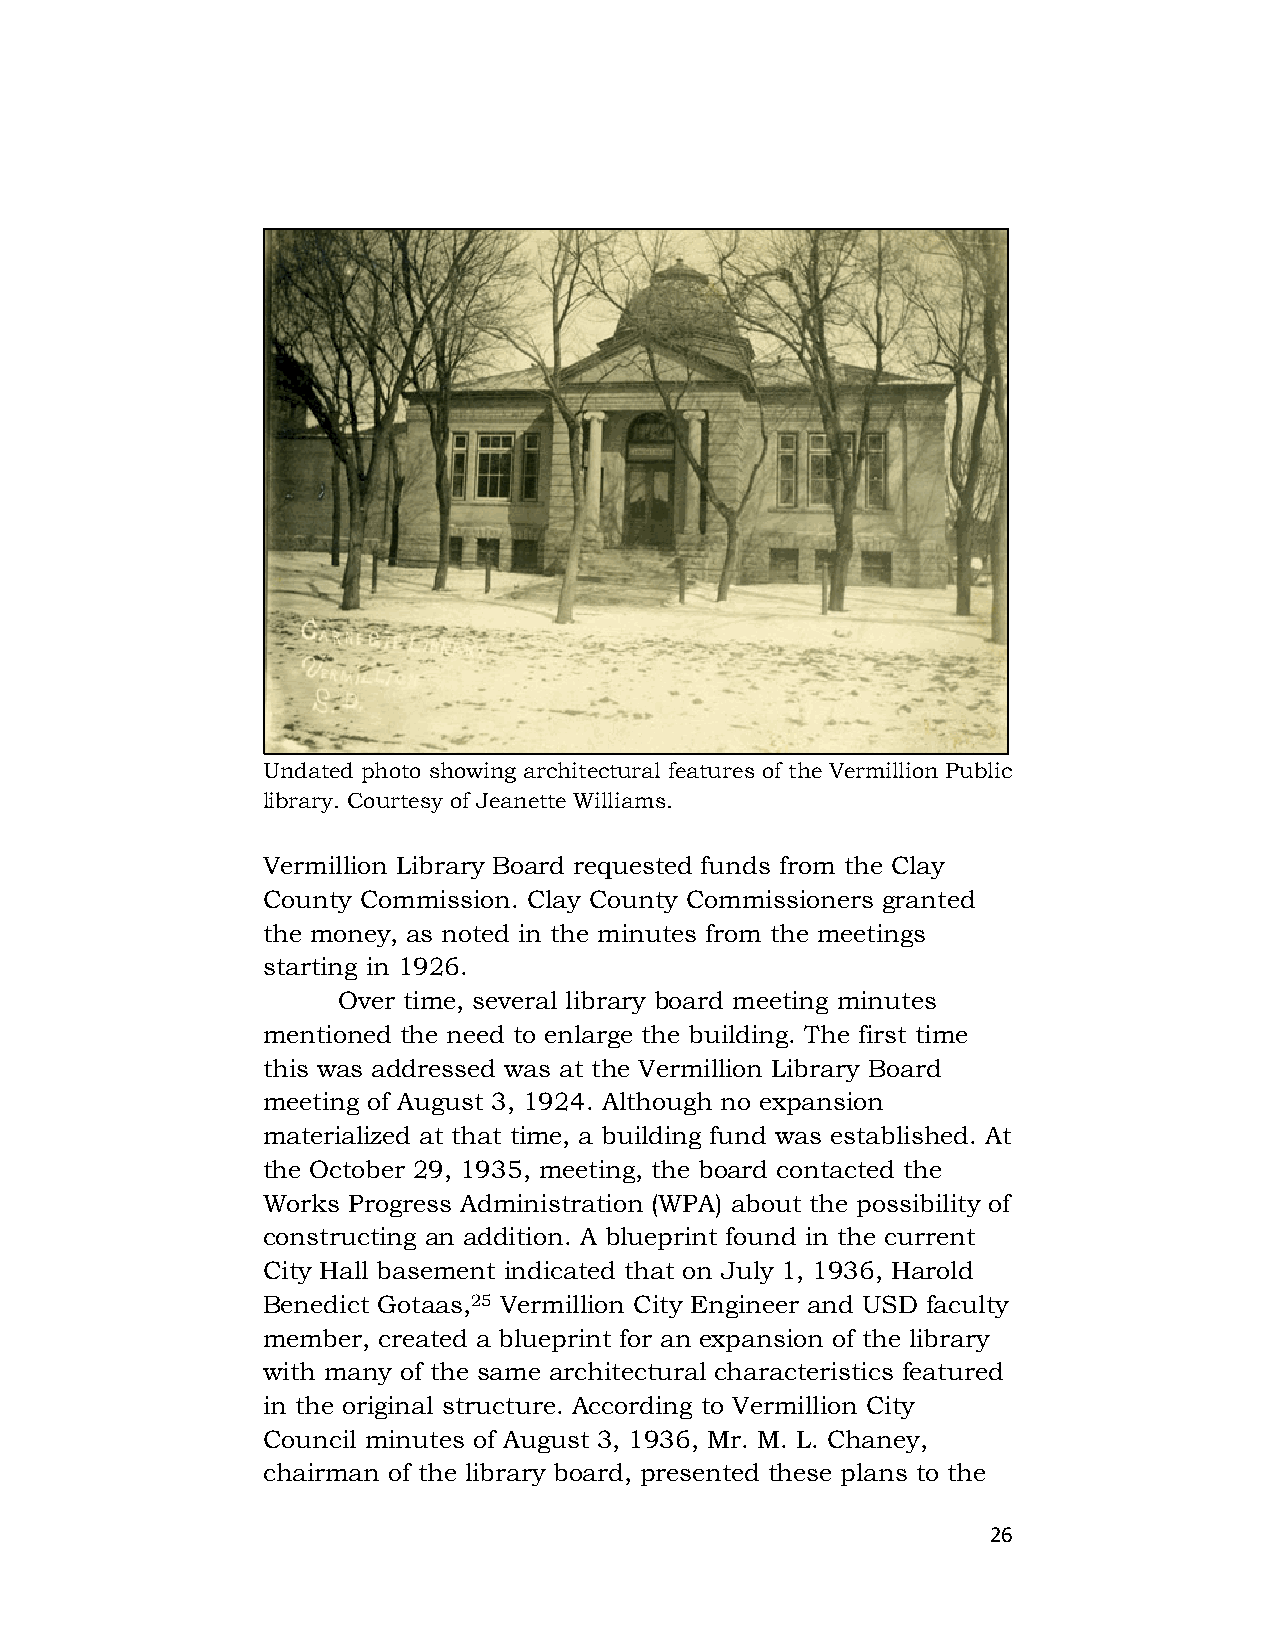
Undated photo showing architectural features of the Vermillion Public
 library. Courtesy of Jeanette Williams.
 Vermillion Library Board requested funds from the Clay
 County Commission. Clay County Commissioners granted
 the money, as noted in the minutes from the meetings
 starting in 1926.
 Over time, several library board meeting minutes
 mentioned the need to enlarge the building. The first time
 this was addressed was at the Vermillion Library Board
 meeting of August 3, 1924. Although no expansion
 materialized at that time, a building fund was established. At
 the October 29, 1935, meeting, the board contacted the
 Works Progress Administration (WPA) about the possibility of
 constructing an addition. A blueprint found in the current
 City Hall basement indicated that on July 1, 1936, Harold
 Benedict Gotaas,25 Vermillion City Engineer and USD faculty
 member, created a blueprint for an expansion of the library
 with many of the same architectural characteristics featured
 in the original structure. According to Vermillion City
 Council minutes of August 3, 1936, Mr. M. L. Chaney,
 chairman of the library board, presented these plans to the
 26